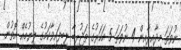
ނުވަތަ މިދާއިރާއިން 4 ނުވަތަ 5 އަހަރުގެ ތަޖުރިބާ ލިބިފައިވާކަމުގެ ލިޔުމެއް އޮތުން.